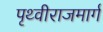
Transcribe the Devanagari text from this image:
पृथ्वीराजमार्ग